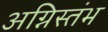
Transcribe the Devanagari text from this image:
अग्निस्तंभ